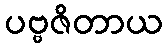
ပဗ္ဗဇိတာယ